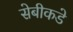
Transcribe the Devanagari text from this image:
सेबीकडे